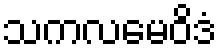
သကလမေဝိဒံ